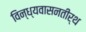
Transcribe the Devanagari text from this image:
विन्ध्यवासनतीर्थ